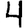
Digit: 4